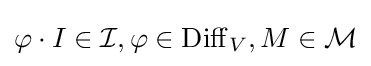
\varphi \cdot I\in {\mathcal {I}},\varphi \in \operatorname {Diff} _{V},M\in {\mathcal {M}}